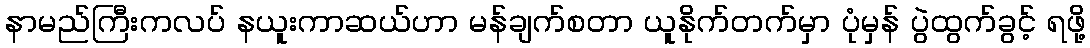
နာမည်ကြီးကလပ် နယူးကာဆယ်ဟာ မန်ချက်စတာ ယူနိုက်တက်မှာ ပုံမှန် ပွဲထွက်ခွင့် ရဖို့